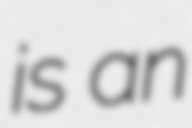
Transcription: is an